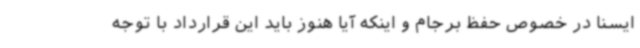
ایسنا در خصوص حفظ برجام و اینکه آیا هنوز باید این قرارداد با توجه